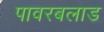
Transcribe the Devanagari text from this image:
पावरबलाड